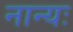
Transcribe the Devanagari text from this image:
नान्यः